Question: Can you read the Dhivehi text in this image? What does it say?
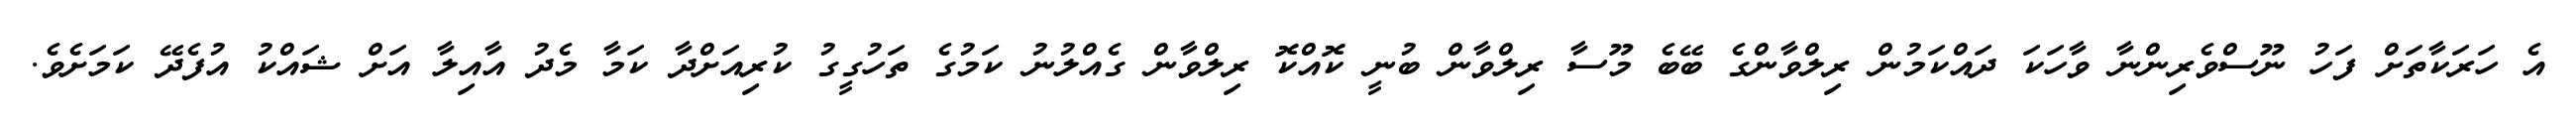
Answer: އެ ހަރަކާތަށް ފަހު ނޫސްވެރިންނާ ވާހަކަ ދައްކަމުން ރިލްވާންގެ ބޭބެ މޫސާ ރިލްވާން ބުނީ ކޮއްކޮ ރިލްވާން ގެއްލުނު ކަމުގެ ތަހުގީގު ކުރިއަށްދާ ކަމާ މެދު އާއިލާ އަށް ޝައްކު އުފެދޭ ކަމަށެވެ.